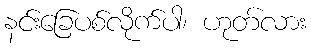
နင်းခြေပစ်လိုက်ပါ၊ ဟုတ်လား